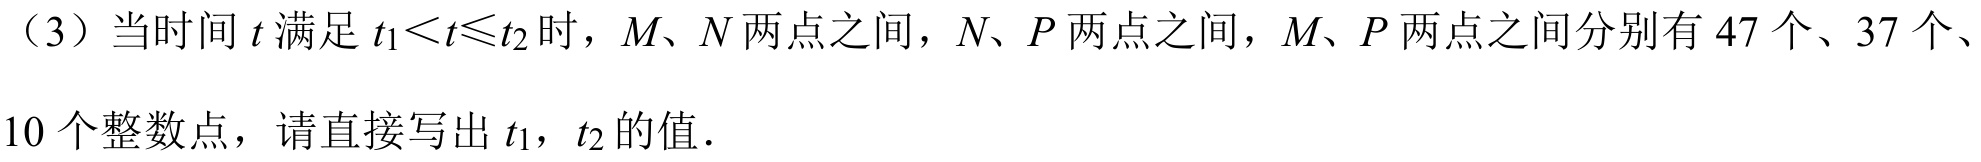
（3）当时间\(t\)满足\(t_{1}<t\leqslant t_{2}\)时，\(M\)、\(N\)两点之间，\(N\)、\(P\)两点之间，\(M\)、\(P\)两点之间分别有\(47\)个、\(37\)个、\(10\)个整数点，请直接写出\(t_{1}\)，\(t_{2}\)的值．